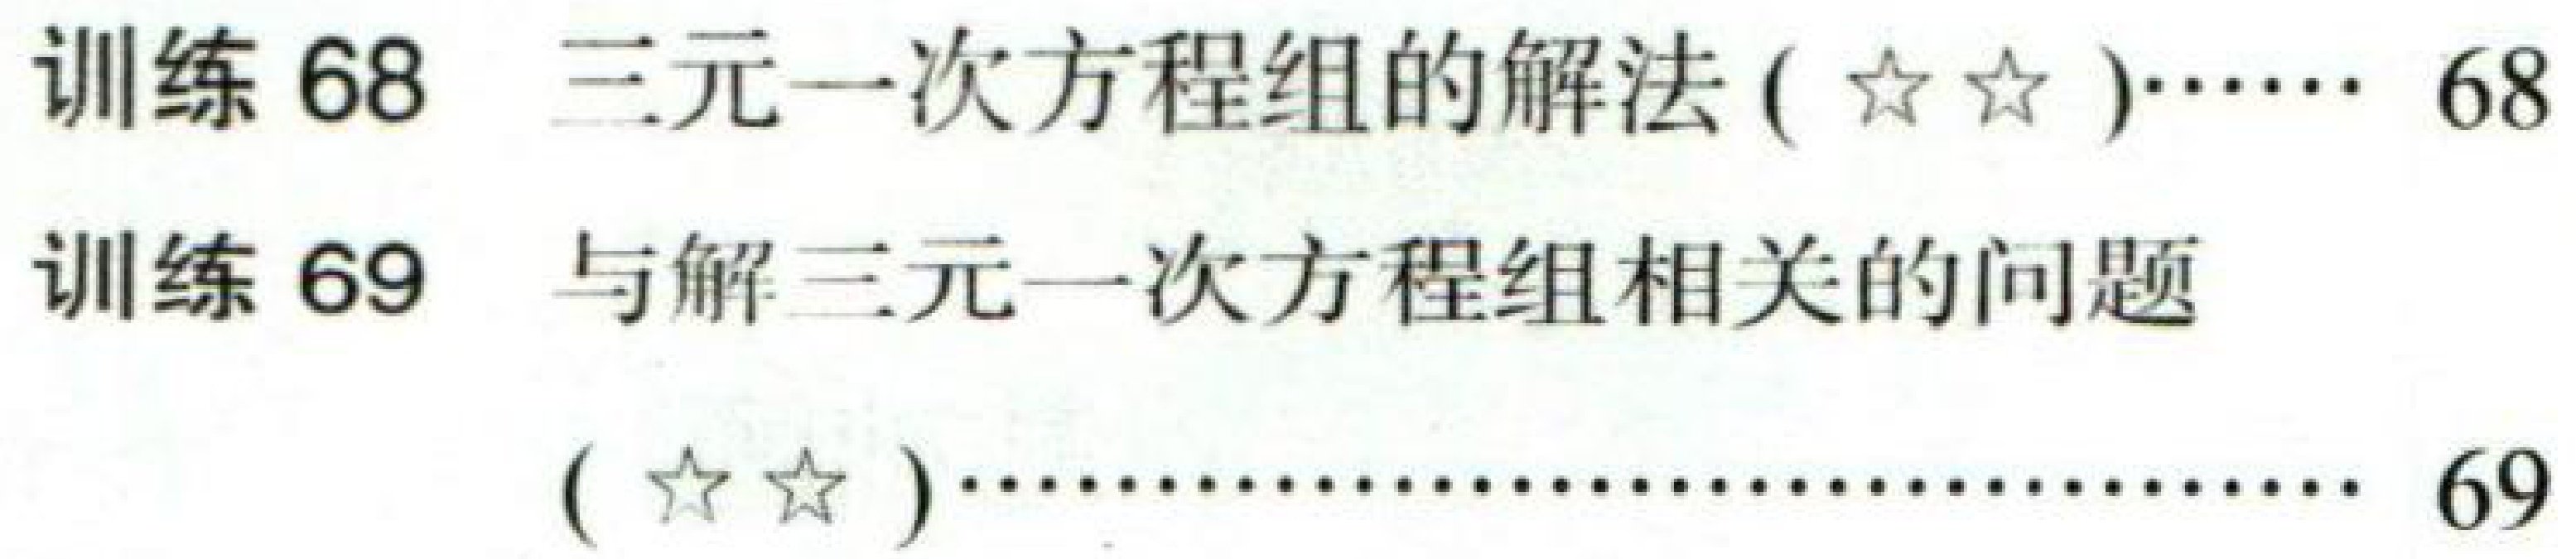
训练 68 三元一次方程组的解法(☆☆)······ 68
训练 69 与解三元一次方程组相关的问题
(☆☆)·············································· 69